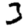
Digit: 3